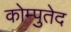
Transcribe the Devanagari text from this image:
कोम्पुतेद